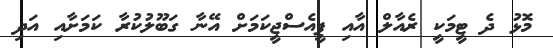
މޮޅު ދެ ޓީމަކީ ރެއާލް އާއި ޕީއެސްޖީކަމަށް އޭނާ ގަބޫލުކުރާ ކަމަށާއި އަދި